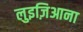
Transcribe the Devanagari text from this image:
लुइज़िआना